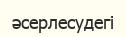
әсерлесудегі